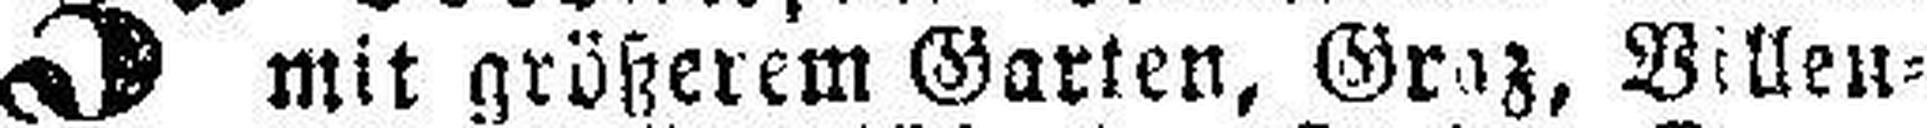
mit größerem Garten, Graz, Villen¬